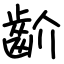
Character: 齘